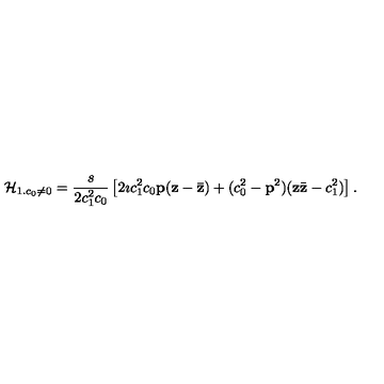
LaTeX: { \cal H } _ { 1 . c _ { 0 } \neq 0 } = \frac { s } { 2 c _ { 1 } ^ { 2 } c _ { 0 } } \left[ 2 \imath c _ { 1 } ^ { 2 } c _ { 0 } { \bf p } ( { \bf z } - { \bf { \bar { z } } } ) + ( c _ { 0 } ^ { 2 } - { \bf p } ^ { 2 } ) ( { \bf z } { \bar { \bf z } } - c _ { 1 } ^ { 2 } ) \right] .